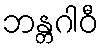
ဘန္တဂါဝီ